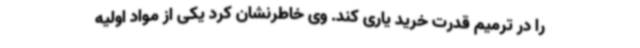
را در ترمیم قدرت خرید یاری کند. وی خاطرنشان کرد یکی از مواد اولیه